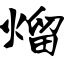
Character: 熘